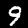
Digit: 9